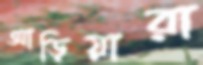
আড়িয়ারা